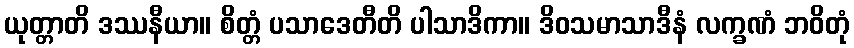
ယုတ္တာတိ ဒဿနီယာ။ စိတ္တံ ပသာဒေတီတိ ပါသာဒိကာ။ ဒိဝသမာသာဒီနံ လက္ခဏံ ဘဝိတုံ